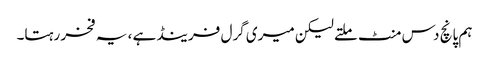
ہم پانچ دس منٹ ملتے لیکن میری گرل فرینڈ ہے ، یہ فخر رہتا۔